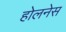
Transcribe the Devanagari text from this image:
होलनेस